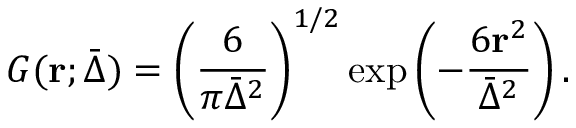
G ( \mathbf { r } ; \bar { \Delta } ) = \left( \frac { 6 } { \pi \bar { \Delta } ^ { 2 } } \right) ^ { 1 / 2 } \exp \left( - \frac { 6 \mathbf { r } ^ { 2 } } { \bar { \Delta } ^ { 2 } } \right) .